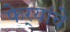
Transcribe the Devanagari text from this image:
फेर्‍यांचे